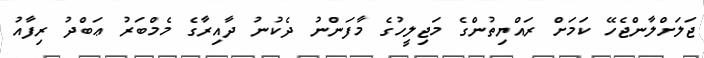
ޖަލަށްލާންޖެހޭ ކަމަށް ރައްޔިތުންގެ މަޖިލީހުގެ މާފަންނު ދެކުނު ދާއިރާގެ މެމްބަރު ޢަބްދު ރިފާއު